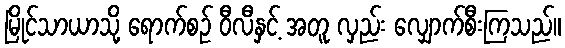
မြိုင်သာယာသို့ ရောက်စဉ် ဝီလီနှင့် အတူ လှည်း လျှောက်စီးကြသည်။